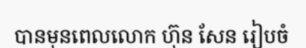
បានមុនពេលលោក ហ៊ុន សែន រៀបចំ